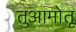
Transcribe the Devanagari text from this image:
तुआमोतू